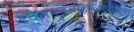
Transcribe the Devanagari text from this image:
देसएनसाइक्लोपीडिया